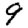
Digit: 9